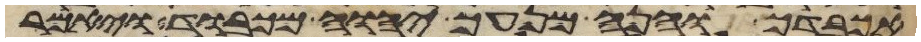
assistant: אכבדך והנה מנעך יהוה מכבוד ויאמר